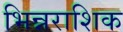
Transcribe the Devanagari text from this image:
भिन्नराशिक